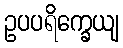
ဥပပရိက္ခေယျ